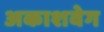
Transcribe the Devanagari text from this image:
अकाशवेग